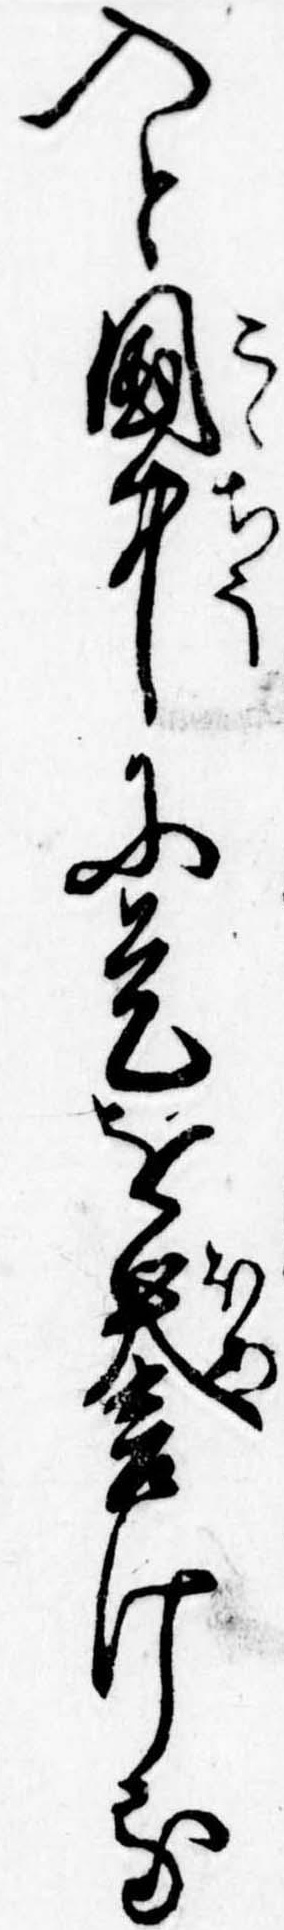
入と国中に是を誉ける